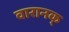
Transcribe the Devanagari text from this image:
वारानक्